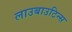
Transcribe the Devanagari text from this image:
लाउबाउटिन्स